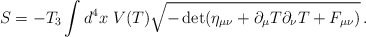
\begin{align*}S= -T_3 \int d^4x\; V(T) \sqrt{-\det (\eta_{\mu\nu} +\partial_\mu T\partial_\nu T + F_{\mu\nu})}\, .\end{align*}